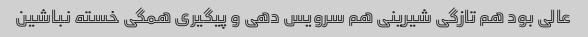
عالی بود هم تازگی شیرینی هم سرویس دهی و پیگیری همگی خسته نباشین